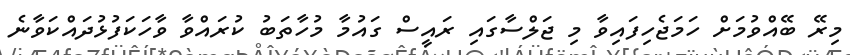
މިރޭ ބޭއްވުމަށް ހަމަޖެހިފައިވާ މި ޖަލްސާގައި ރައީސް ގައުމާ މުހާތަބު ކުރައްވާ ވާހަކަފުޅުދައްކަވާނެ